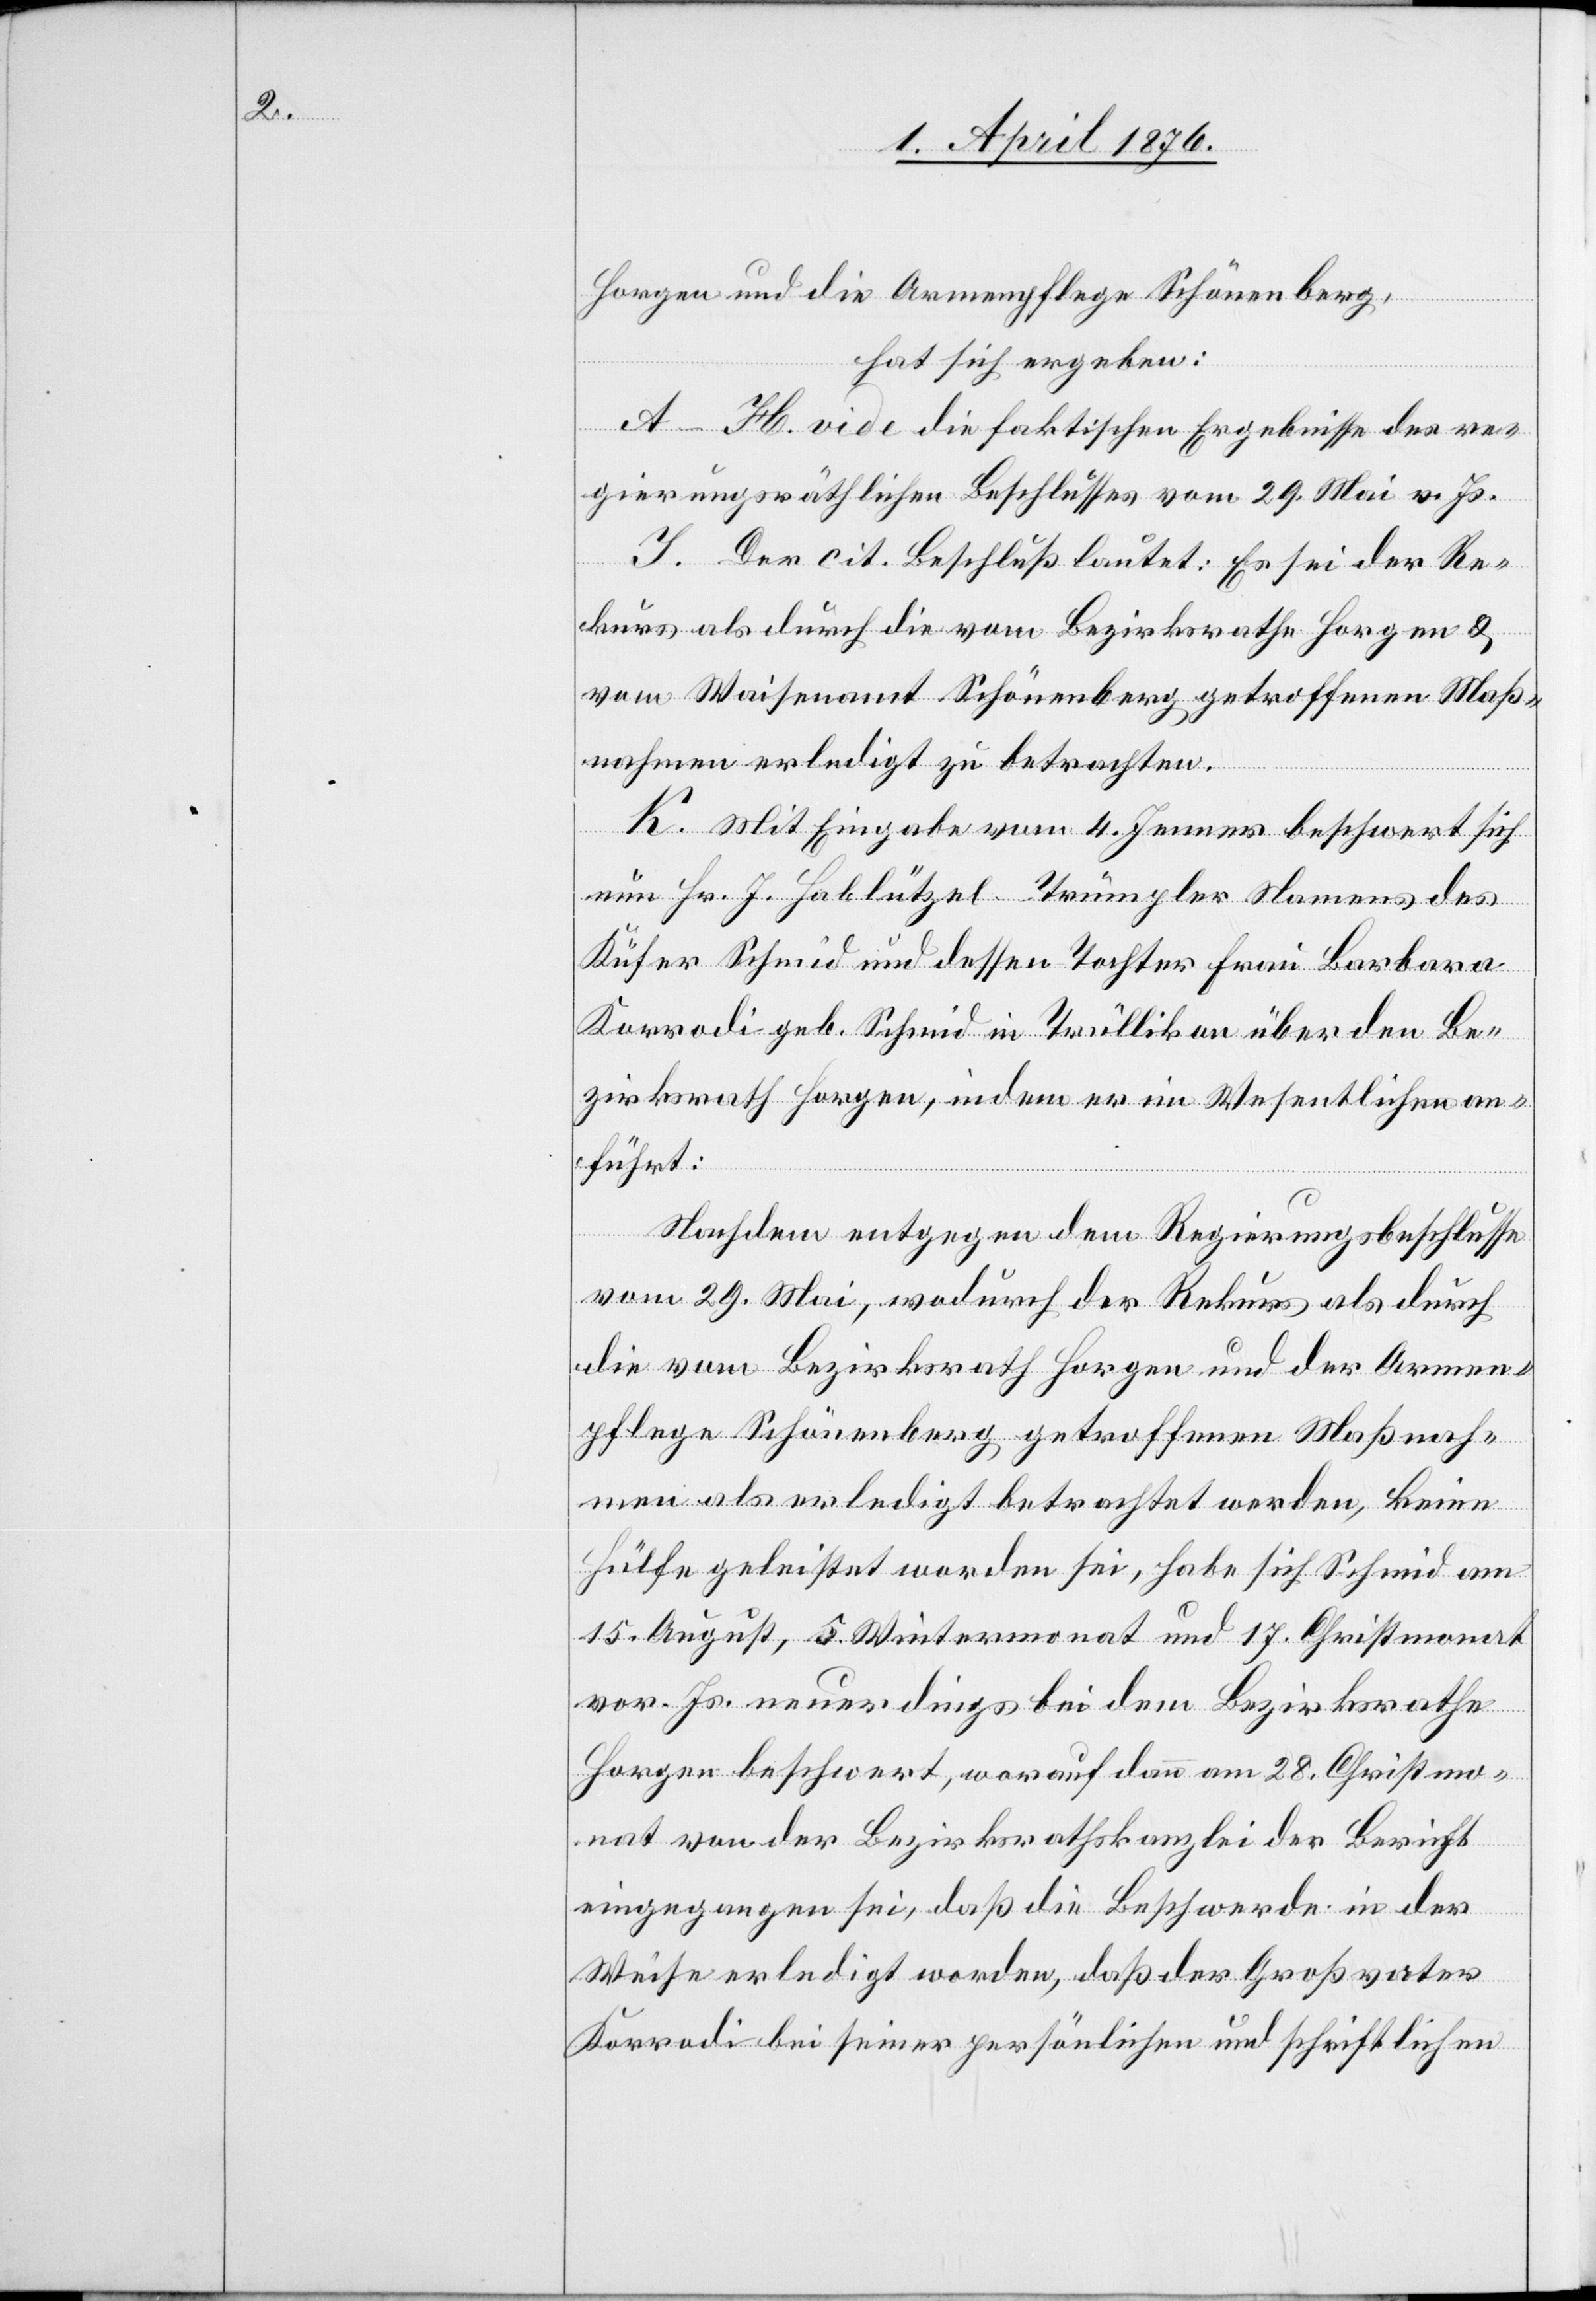
keine

Horgen und die Armenpflege Schönenberg,
hat sich ergeben:
A–H. vide die faktischen Ergebnisse des re¬
gierungsräthlichen Beschlusses vom 29. Mai v.Js.
J. Der cit. Beschluß lautet: Es sei der Re¬
kurs als durch die vom Bezirksrathe Horgen &
vom Waisenamt Schönenberg getroffenen Maß¬
nahmen erledigt zu betrachten.
K. Mit Eingabe vom 4. Jenner beschwert sich
nun Hr. J. Hablützel-Trümpler Namens des
Küfer Schmid und dessen Tochter Frau Barbara
Korrodi geb. Schmid in Trüllikon über den Be¬
zirksrath Horgen, indem er im Wesentlichen an¬
führt:
Nachdem entgegen dem Regierungsbeschlusse
vom 29. Mai, wodurch der Rekurs als durch
die vom Bezirksrath Horgen und der Armen¬
pflege Schönenberg getroffenen Maßnah¬
men als erledigt betrachtet werden [sic!],
Hülfe geleistet worden sei, habe sich Schmid am
15. August, 5. Wintermonat und 17. Christmonat
vor. Js. neuerdings bei dem Bezirksrath
Horgen beschwert, worauf dann am 28. Christmo¬
nat von der Bezirksrathskanzlei der Bericht
eingegangen sei, daß die Beschwerde in der
Weise erledigt worden, daß der Großvater
Korrodi bei seiner persönlichen und schriftlichen